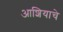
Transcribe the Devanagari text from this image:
आशियाचे